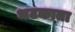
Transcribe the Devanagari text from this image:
भटकाता